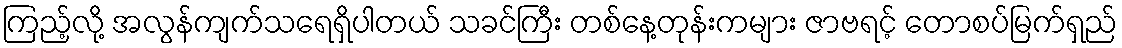
ကြည့်လို့ အလွန်ကျက်သရေရှိပါတယ် သခင်ကြီး တစ်နေ့တုန်းကများ ဇာဗရင့် တောစပ်မြက်ရှည်